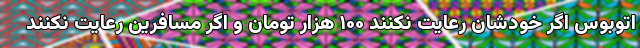
اتوبوس اگر خودشان رعایت نکنند ۱۰۰ هزار تومان و اگر مسافرین رعایت نکنند